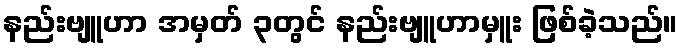
နည်းဗျူဟာ အမှတ် ၃တွင် နည်းဗျူဟာမှူး ဖြစ်ခဲ့သည်။